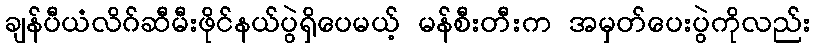
ချန်ပီယံလိဂ်ဆီမီးဖိုင်နယ်ပွဲရှိပေမယ့် မန်စီးတီးက အမှတ်ပေးပွဲကိုလည်း